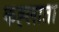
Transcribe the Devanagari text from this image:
कह्लाता